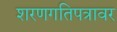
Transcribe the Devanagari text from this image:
शरणगतिपत्रावर